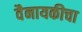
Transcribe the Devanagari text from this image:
वैनायकीचा